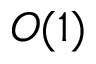
O ( 1 )